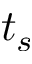
t _ { s }